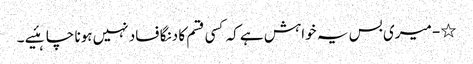
٭- میری بس یہ خواہش ہے کہ کسی قسم کا دنگا فساد نہیں ہونا چاہئیے ۔